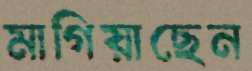
মাগিয়াছেন